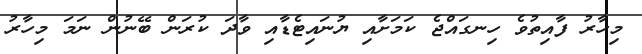
މިހާރު ފާއިތުވެ ހިނގައްޖެ ކަމަށާއި ޔުނައިޓެޑާއި ވާދަ ކުރަން ބޭނުން ނަމަ މިހާރު